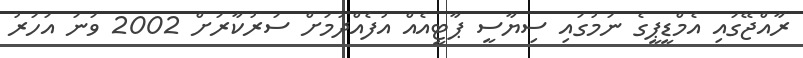
ރާއްޖޭގައި އެމްޑީޕީގެ ނަމުގައި ސިޔާސީ ޕާޓީއެއް އުފެއްދުމަށް ސަރުކާރަށް 2002 ވަނަ އަހަރު